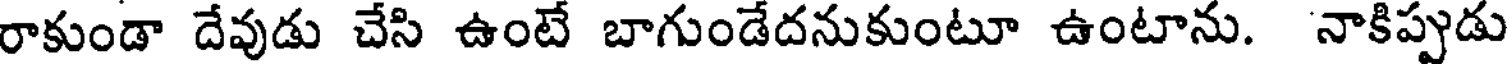
రాకుండా దేవుడు చేసి ఉంటే బాగుండేదనుకుంటూ ఉంటాను. నాకిప్పుడు